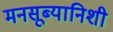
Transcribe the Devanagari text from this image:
मनसूब्यानिशी